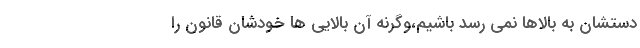
دستشان به بالاها نمی رسد باشیم،وگرنه آن بالایی ها خودشان قانون را